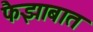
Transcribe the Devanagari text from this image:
फैझाबात